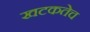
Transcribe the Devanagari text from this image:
खटकतेच